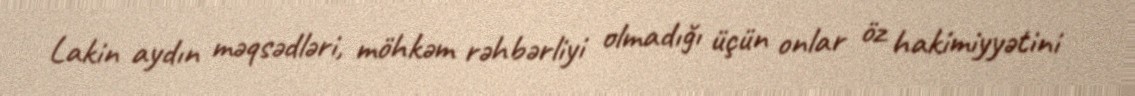
Lakin aydın məqsədləri, möhkəm rəhbərliyi olmadığı üçün onlar öz hakimiyyətini